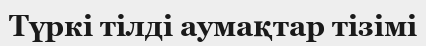
Түркі тілді аумақтар тізімі